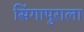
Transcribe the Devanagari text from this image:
सिंगापुराला